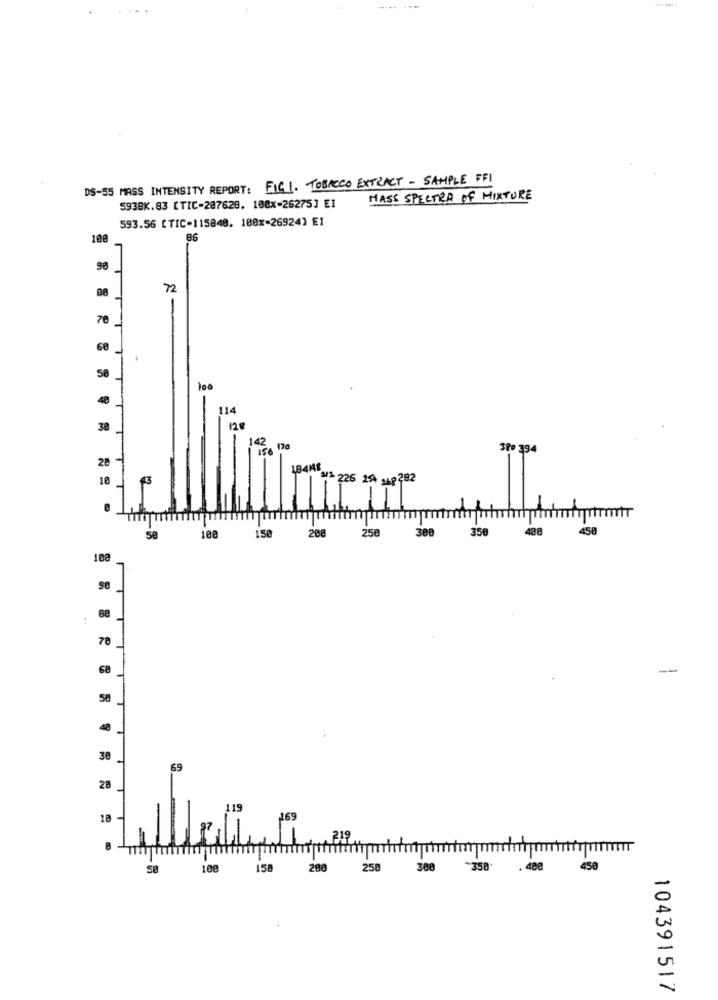
DS-55 MASS INTENSITY REPORT: FIGI. TOBACCO EXTRACT - SAMPLE FFI
MASS SPECTRO OF MIXTURE
5938K.83 [TIC-207628. 100x=26275] EI
593.56 [TIC-115840, 100%=26924] E1
100
86
98
72
70
60
50
100
40
114
120
142
156
3Pe 394
18
21 226 24 8 282
TITTITİT
150
200
250
300
350
408
50
100
70
-
30
69
28
119
10-
169
219
100
158
200
250
300
"358.
. 48e
450
104391517